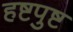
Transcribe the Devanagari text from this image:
हष्टपुष्ट